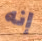
إنه